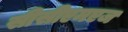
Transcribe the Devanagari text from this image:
सीसीएमएज